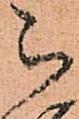
被